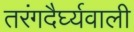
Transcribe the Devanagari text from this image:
तरंगदैर्घ्यवाली